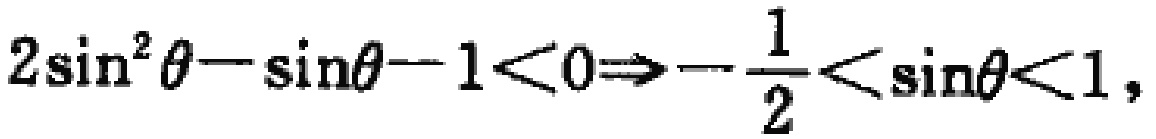
\(2\sin^{2}\theta - \sin\theta - 1 < 0\Rightarrow -\frac{1}{2} < \sin\theta < 1\)